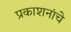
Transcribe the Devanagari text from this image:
प्रकाशनांचे